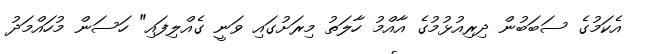
އެކަމުގެ ސަބަބުން ދިރިއުޅުމުގެ އާއްމު ހާލަތު މިރަށުގައި ވަނީ ގެއްލިފައި" ހަސަން މުހައްމަދު